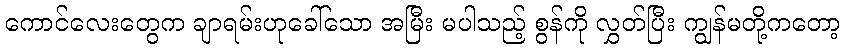
ကောင်လေးတွေက ချာရမ်းဟုခေါ်သော အမြီး မပါသည့် စွန်ကို လွှတ်ပြီး ကျွန်မတို့ကတော့